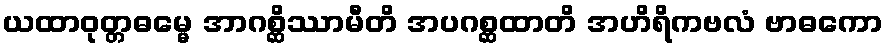
ယထာဝုတ္တဓမ္မေ အာဂစ္ဆိဿာမီတိ အပဂစ္ဆထာတိ အဟိရိကဗလံ ဗာဓကော